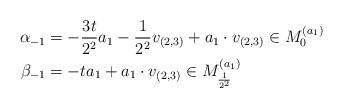
LaTeX: \begin{align*}\alpha_{-1} &= -\frac{3t}{2^2}a_1 - \frac{1}{2^2} v_{(2,3)} + a_1 \cdot v_{(2,3)} \in M_0^{(a_1)} \\\beta_{-1} &= -ta_1 + a_1 \cdot v_{(2,3)} \in M_{\frac{1}{2^2}}^{(a_1)}\end{align*}